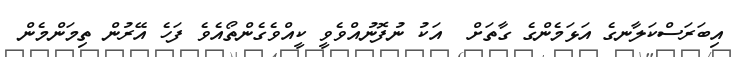
އިބަރަސްކަލާނގެ އަޅަމެންގެ ގާތަށް  އަކު ނުފޮނުއްވެވީ ކީއްވެގެންތޯއެވެ ފަހެ އޭރުން ތިމަންމެން